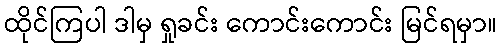
ထိုင်ကြပါ ဒါမှ ရှုခင်း ကောင်းကောင်း မြင်ရမှာ။